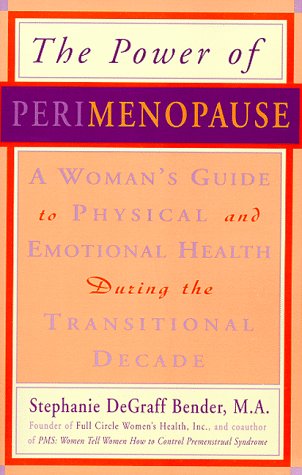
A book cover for The Power of Perimenopause: A Woman's Guide to Physical and Emotional Health During the Transitional Decade; Stephanie Bender; Health, Fitness & Dieting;